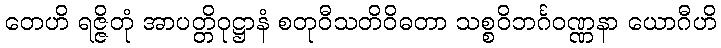
တေဟိ ရဇ္ဇိတုံ အာပတ္တိဝုဋ္ဌာနံ စတုဝီသတိဝိဓတာ သစ္စဝိဘင်္ဂဝဏ္ဏနာ ယောဂီဟိ